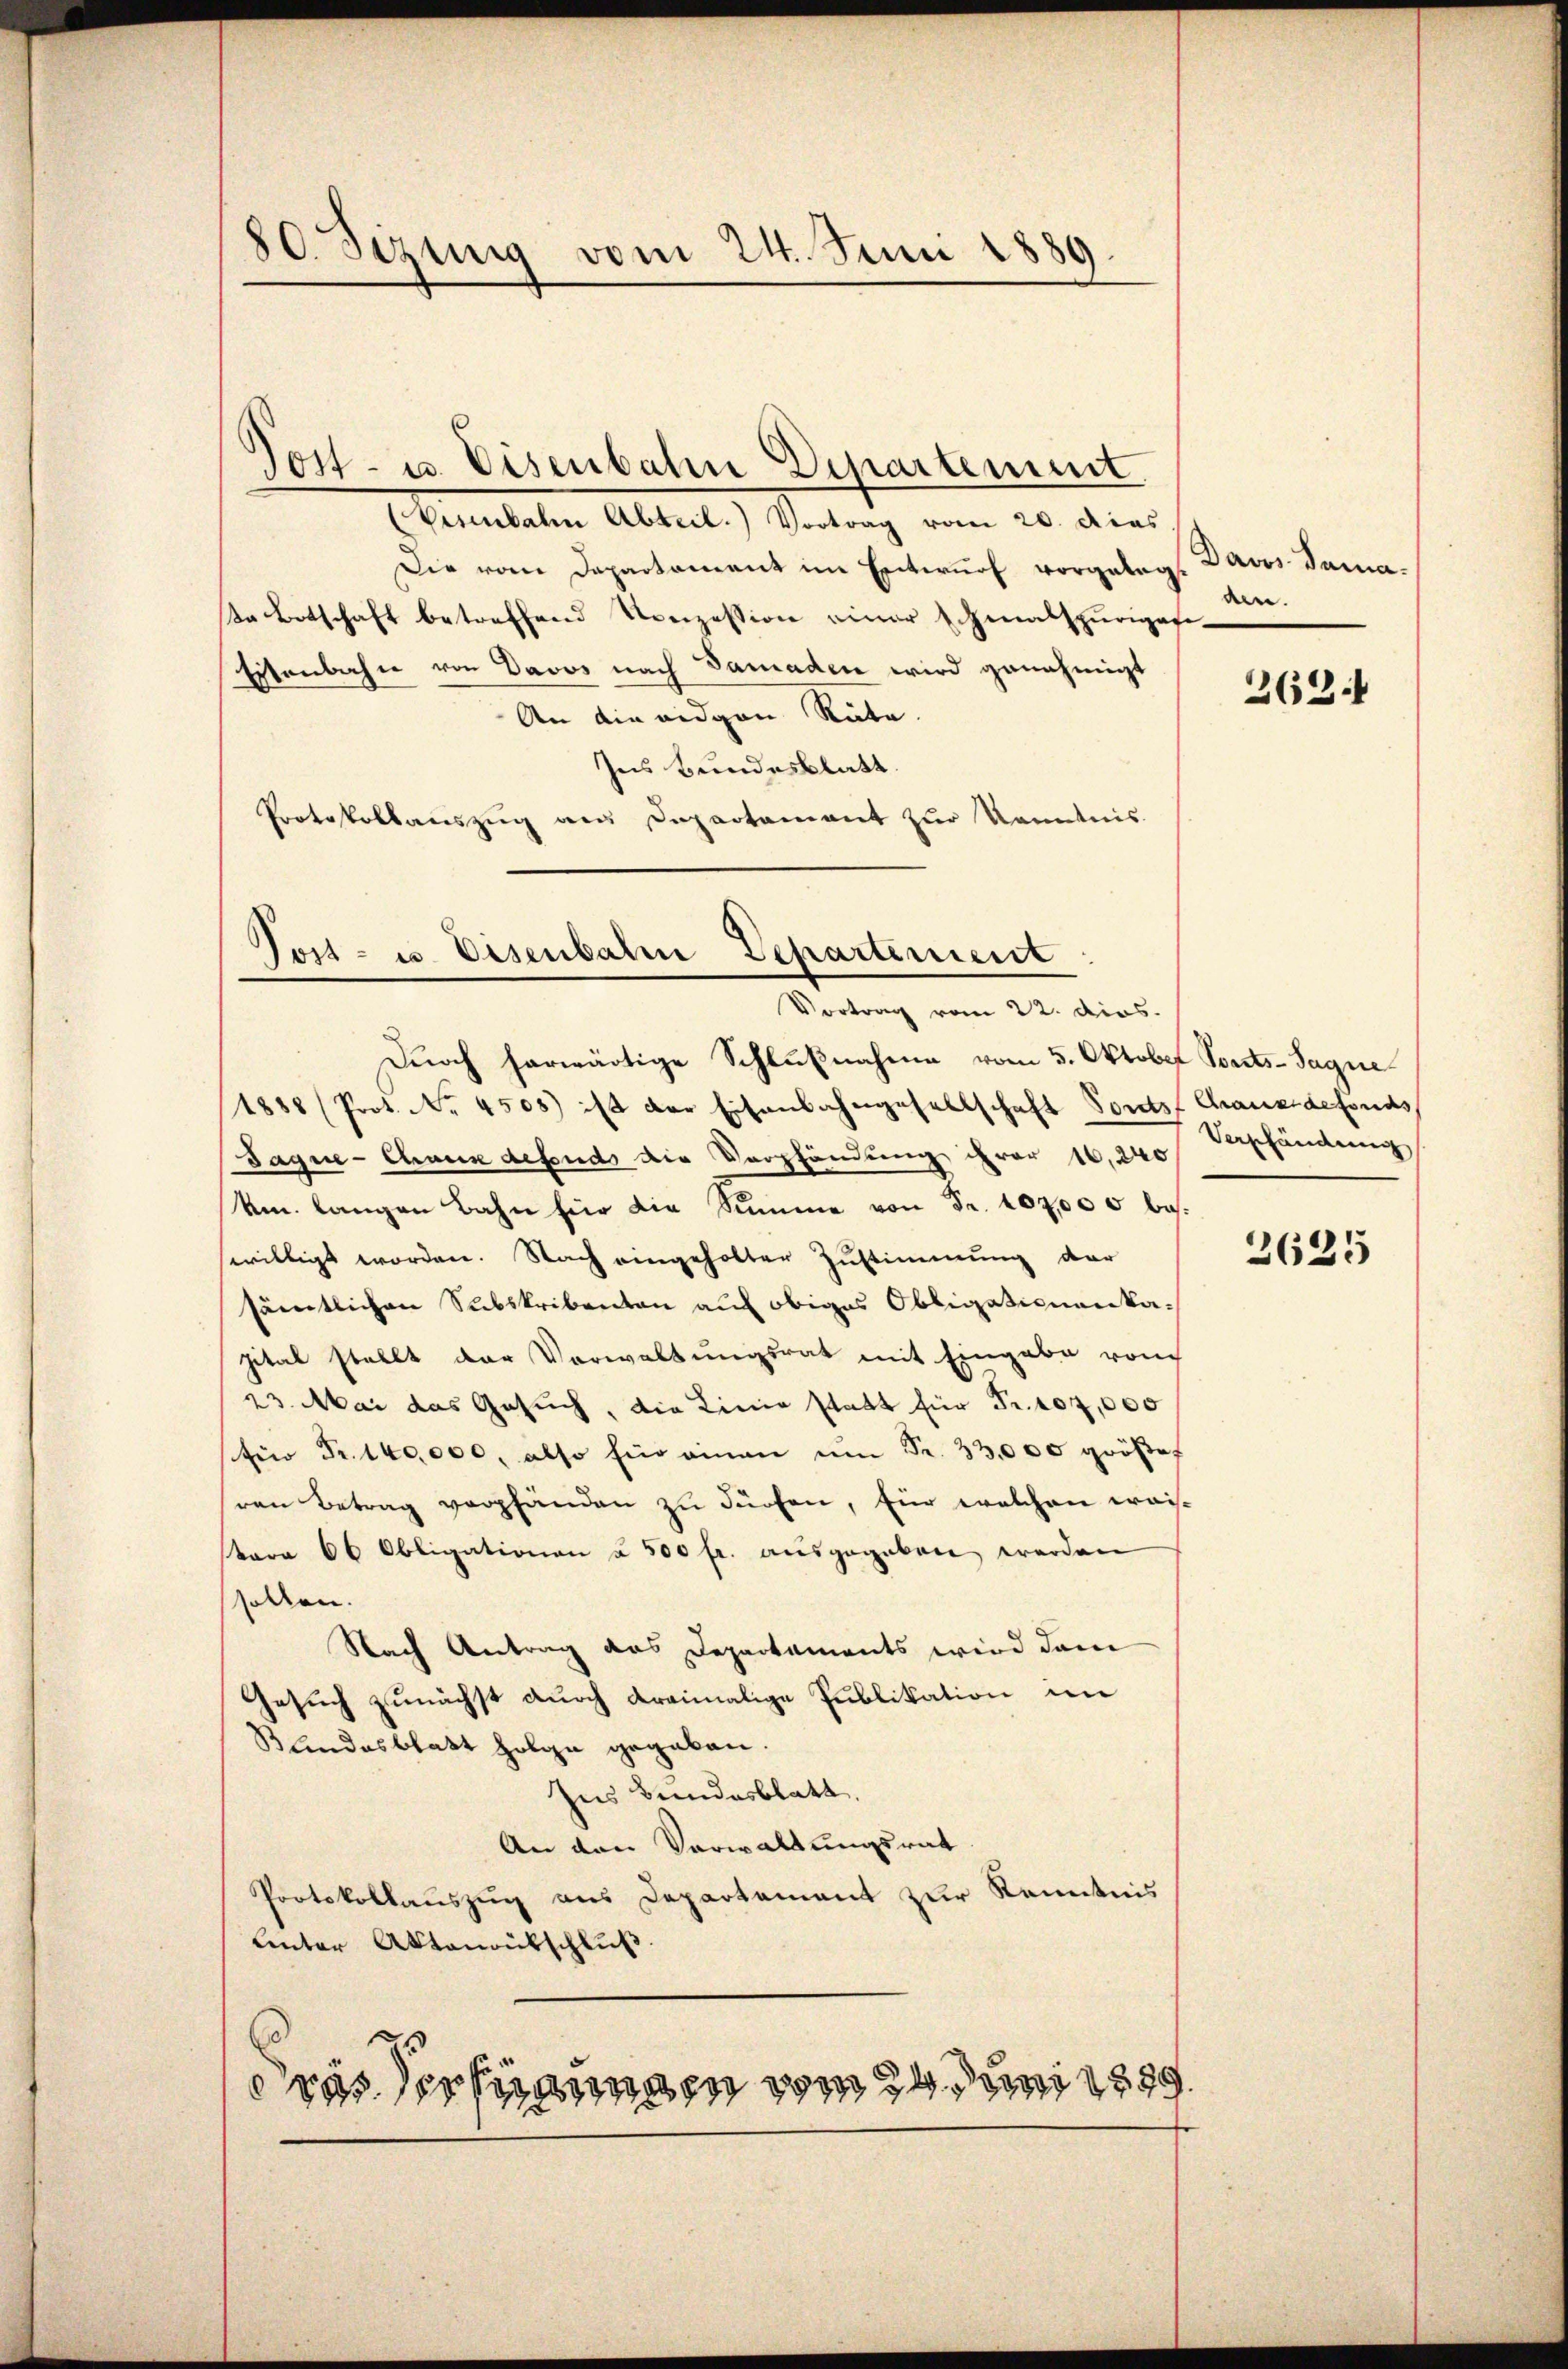
50 Sizung vom 24. Juni 1889.

Vesibalen Abteil. Vortrag vom 20. dies
Die vom Departament im Entwurf vorgeleg
a Botschaft betreffend Konzession einer schmalspurigen
Eisenbahn von Davos nach damaden wird genehmigt
An die eidgen Rüte.
Ins Bundesblatt.
Protokollaŭszŭg an Departament zŭr Kenntnis

on- u. Eisenbahn Departement

Post- u. Eisenbahn Departement
Vortrag vom 22. dios.

Durch herwärtige Schlußnahme vom 5. Oktober Vorsts-Sagne
1888 (Prot. No. 4505) ist der Eisenbahngesellschaft Ponts Chause defonds
Sague-Chaux defonds die Verpfändung fror 16. 240
km langen Bahn für die Summe von Fr. 102,000 besswilligt worden. Nach eingeholter Zustimmung der
sämtlichen Subskribenten auf obiges Obligationenkapital stellt der Verwaltungsrat mit Eingabe rauch
23. Mai das Gesuch, die Linie statt für Fr. 107,000
(für Fr. 140,000. also fin einen ŭm Fr. 33,000 größer
ren Betrag verpfänden zu dürfen, für welchen wais
tern 66 Obligationen u. 500 fr. ausgegeben werden
sollen.
Nach Antrag das Departaments wird dam
Gesuch zunächst durch Kreimalige Publikation im
Bundesblatt folge gegeben.
Ins Bundesblatt.
An den Verwaltungsrat
Protokollauszug aus Departement zur Kenntnis
Unter Aktenantschluß.
dras Verfügungen vom 24. Juni 1890.

Davos. Sama.
den.

263.

Verschändung

2625